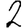
Digit: 2